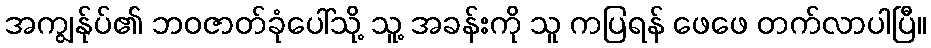
အကျွန်ုပ်၏ ဘဝဇာတ်ခုံပေါ်သို့ သူ့ အခန်းကို သူ ကပြရန် ဖေဖေ တက်လာပါပြီ။